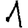
Digit: 1